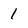
Character: 1